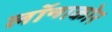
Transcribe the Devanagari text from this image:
लॉन्गकोर